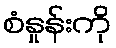
စံနှုန်းကို